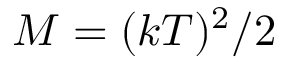
M = ( k T ) ^ { 2 } / 2